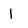
Character: I